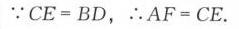
\(\because CE = BD\)，\(\therefore AF = CE\).